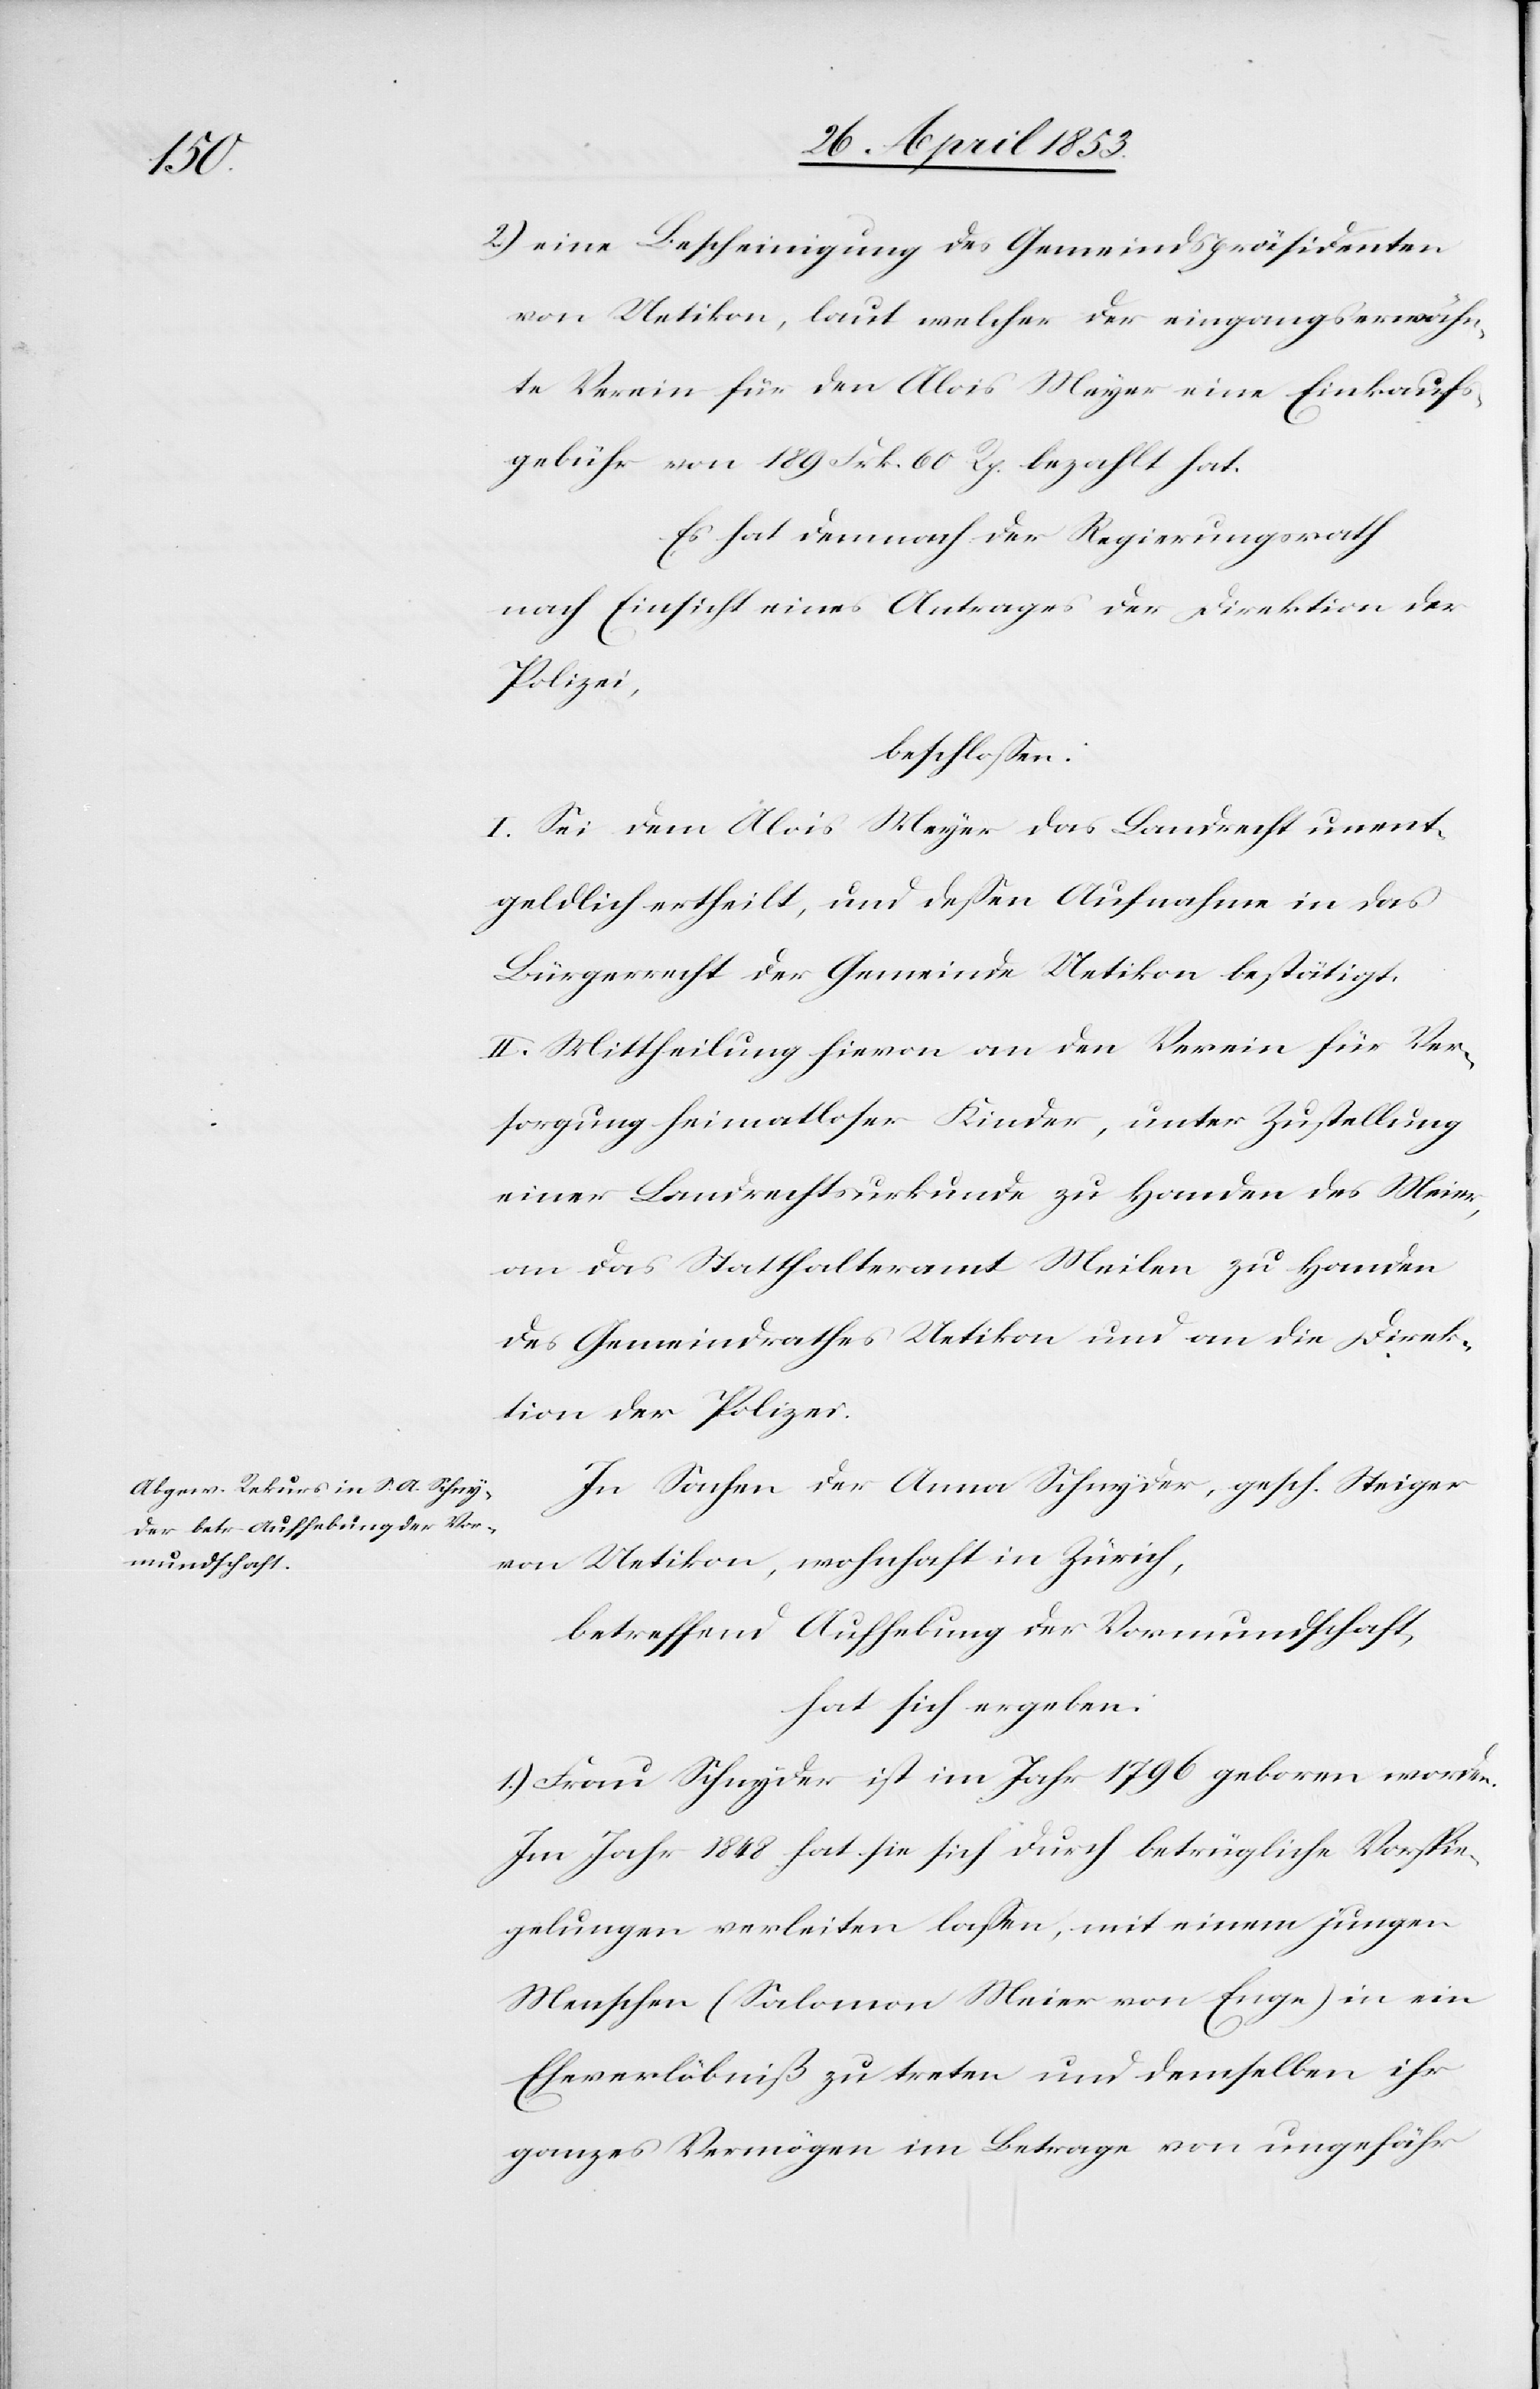
2.) eine Bescheinigung des Gemeindspräsidenten
von Uetikon, laut welchem der eingangserwähn¬
te Verein für den Alois Meyer eine Einkaufs¬
gebühr von 189 Frk. 60 Rp. bezahlt hat.
Es hat demnach der Regierungsrath
nach Einsicht eines Antrages der Direktion der
Polizei,
beschloßen:
I. Sei dem Alois Meyer das Landrecht unent¬
geldlich ertheilt, und deßen Aufnahme in das
Bürgerrecht der Gemeinde Uetikon bestätigt.
II. Mittheilung hievon an den Verein für Ver¬
sorgung heimatloser Kinder, unter Zustellung
einer Landrechtsurkunde zu Handen des Meier
an das Statthalteramt Meilen zu Handen
des Gemeindrathes Uetikon und an die Direk¬
tion der Polizei.
In Sachen der Anna Schnyder, gesch. Steiger
von Uetikon, wohnhaft in Zürich,
betreffend Aufhebung der Vormundschaft,
hat sich ergeben:
1.) Frau Schnyder ist im Jahr 1796 geboren worden.
Im Jahr 1848 hat sie sich durch betrügliche Vorspie¬
gelungen verleiten laßen, mit einem jungen
Menschen (Salomon Meier von Enge) in ein
Eheverlöbniß zu treten und demselben ihr
ganzes Vermögen im Betrage von ungefähr